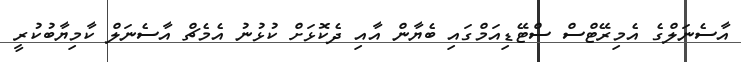
އާސެނަލްގެ އެމިރޭޓްސް ސްޓޭޑިއަމްގައި ބެޔާން އާއި ދެކޮޅަށް ކުޅުނު އެމެޗް އާސެނަލް ކާމިޔާބުކުރީ